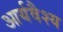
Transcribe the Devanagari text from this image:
आर्यवैश्‍य